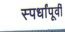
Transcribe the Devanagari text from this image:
स्पर्धांपूर्वी